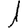
Digit: 1